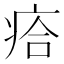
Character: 㾑